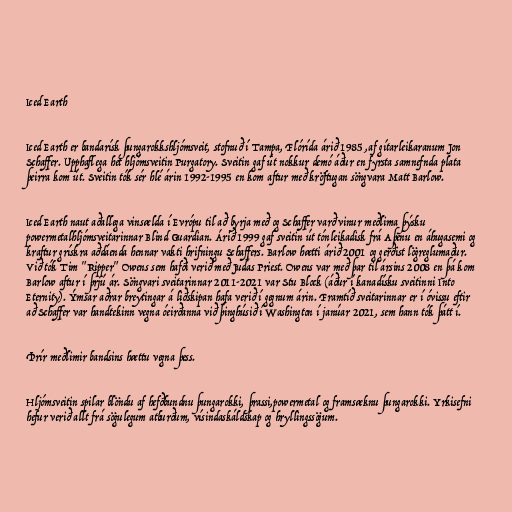
Iced Earth

Iced Earth er bandarísk þungarokkshljómsveit, stofnuð í Tampa, Flórída árið 1985 ,af gítarleikaranum Jon
Schaffer. Upphaflega hét hljómsveitin Purgatory. Sveitin gaf út nokkur demó áður en fyrsta samnefnda plata
þeirra kom út. Sveitin tók sér hlé árin 1992-1995 en kom aftur með kröftugan söngvara Matt Barlow.

Iced Earth naut aðallega vinsælda í Evrópu til að byrja með og Schaffer varð vinur meðlima þýsku
powermetalhljómsveitarinnar Blind Guardian. Árið 1999 gaf sveitin út tónleikadisk frá Aþenu en áhugasemi og
kraftur grískra aðdáenda hennar vakti hrifningu Schaffers. Barlow hætti árið 2001 og gerðist lögreglumaður.
Við tók Tim "Ripper" Owens sem hafði verið með Judas Priest. Owens var með þar til ársins 2008 en þá kom
Barlow aftur í þrjú ár. Söngvari sveitarinnar 2011-2021 var Stu Block (áður í kanadísku sveitinni Into
Eternity). Ýmsar aðrar breytingar á liðskipan hafa verið í gegnum árin. Framtíð sveitarinnar er í óvissu eftir
að Schaffer var handtekinn vegna óeirðanna við þinghúsið í Washington í janúar 2021, sem hann tók þátt í.

Þrír meðlimir bandsins hættu vegna þess.

Hljómsveitin spilar blöndu af hefðbundnu þungarokki, þrassi,powermetal og framsæknu þungarokki. Yrkisefni
hefur verið allt frá sögulegum atburðum, vísindaskáldskap og hryllingssögum.